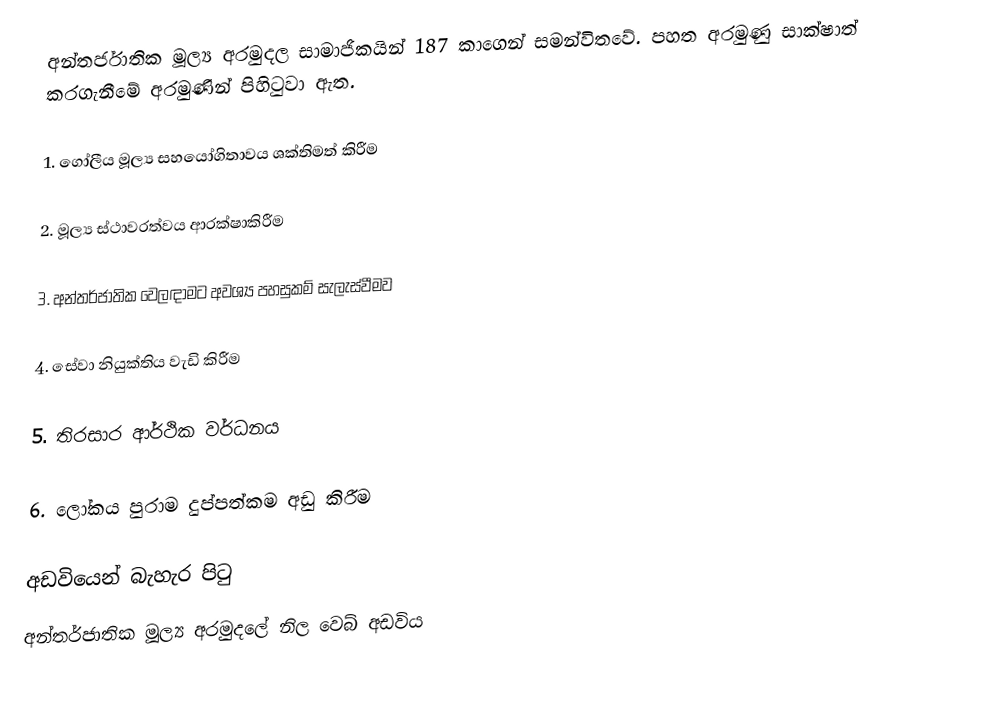
අන්තර්ජාතික මූල්‍ය අරමුදල සාමාජිකයින් 187 කාගෙන් සමන්විතවේ. පහත අරමුණු සාක්ෂාත් කරගැනීමේ අරමුණින් පිහිටුවා ඇත.

1.	ගෝලීය මූල්‍ය සහයෝගිතාවය ශක්‌තිමත් කිරීම ‍‍‌‍

2.	මූල්‍ය ස්ථාවරත්වය ආරක්ෂාකිරීම

3.	අන්තර්ජාතික වෙලඳාමට අවශ්‍ය පහසුකම් සැලැස්වීමව

4.	සේවා නියුක්තිය වැඩි කිරීම

5.	තිරසාර ආර්ථික වර්ධනය

6.	ලෝකය පුරාම දුප්පත්කම අඩු කිරීම

අඩවියෙන් බැහැර පිටු
අන්තර්ජාතික මූල්‍ය අරමුදලේ නිල වෙබ් අඩවිය